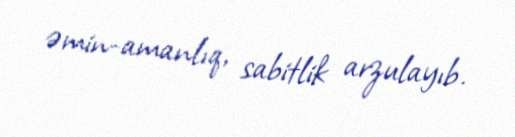
əmin-amanlıq, sabitlik arzulayıb.